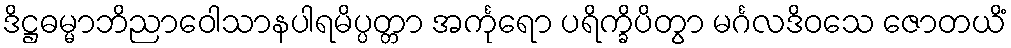
ဒိဋ္ဌဓမ္မာဘိညာဝေါသာနပါရမိပ္ပတ္တာ အင်္ကုရော ပရိက္ခိပိတွာ မင်္ဂလဒိဝသေ ဇောတယိံ